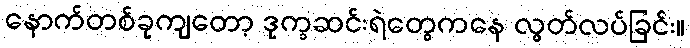
နောက်တစ်ခုကျတော့ ဒုက္ခဆင်းရဲတွေကနေ လွတ်လပ်ခြင်း။